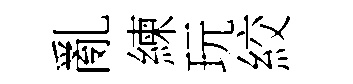
亂練玩絞